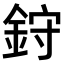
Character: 𫒙